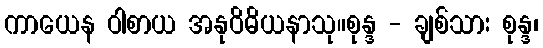
ကာယေန ဝါစာယ အနုဝိဓိယနာသု။စုန္ဒ - ချစ်သား စုန္ဒ၊